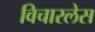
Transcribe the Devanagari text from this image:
विचारलेस